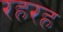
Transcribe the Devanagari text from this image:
रहरह